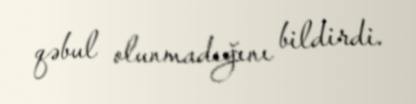
qəbul olunmadığını bildirdi.